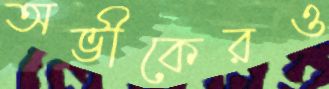
অভীকেরও